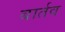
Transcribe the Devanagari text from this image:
बार्तव